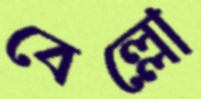
বেল্লো